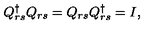
Q _ { r s } ^ { \dagger } Q _ { r s } = Q _ { r s } Q _ { r s } ^ { \dagger } = I ,